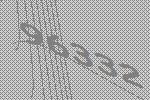
96332